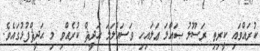
ކުރައްވައި ކީރިތި ރަސޫލު ޞައްލަ ޢަލައިހި ވަސައްލަމަ ޙަދީޘް ކުރެއްވި މި ޙަދީޘްފުޅުގައެވެ.